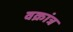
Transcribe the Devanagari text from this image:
वक्रांत्र